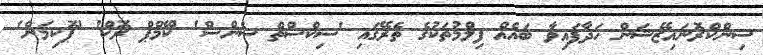
ސިންކްރޮނައިޒޭޝަން ހަދާފައިވާ ބައެއް ފިލްމުތަކުގެ ތެރޭގައި 'ސިކްސްތް ސެންސް' 'ކޭމްޕް ރޮކް' 'ޕޮކިމަން'